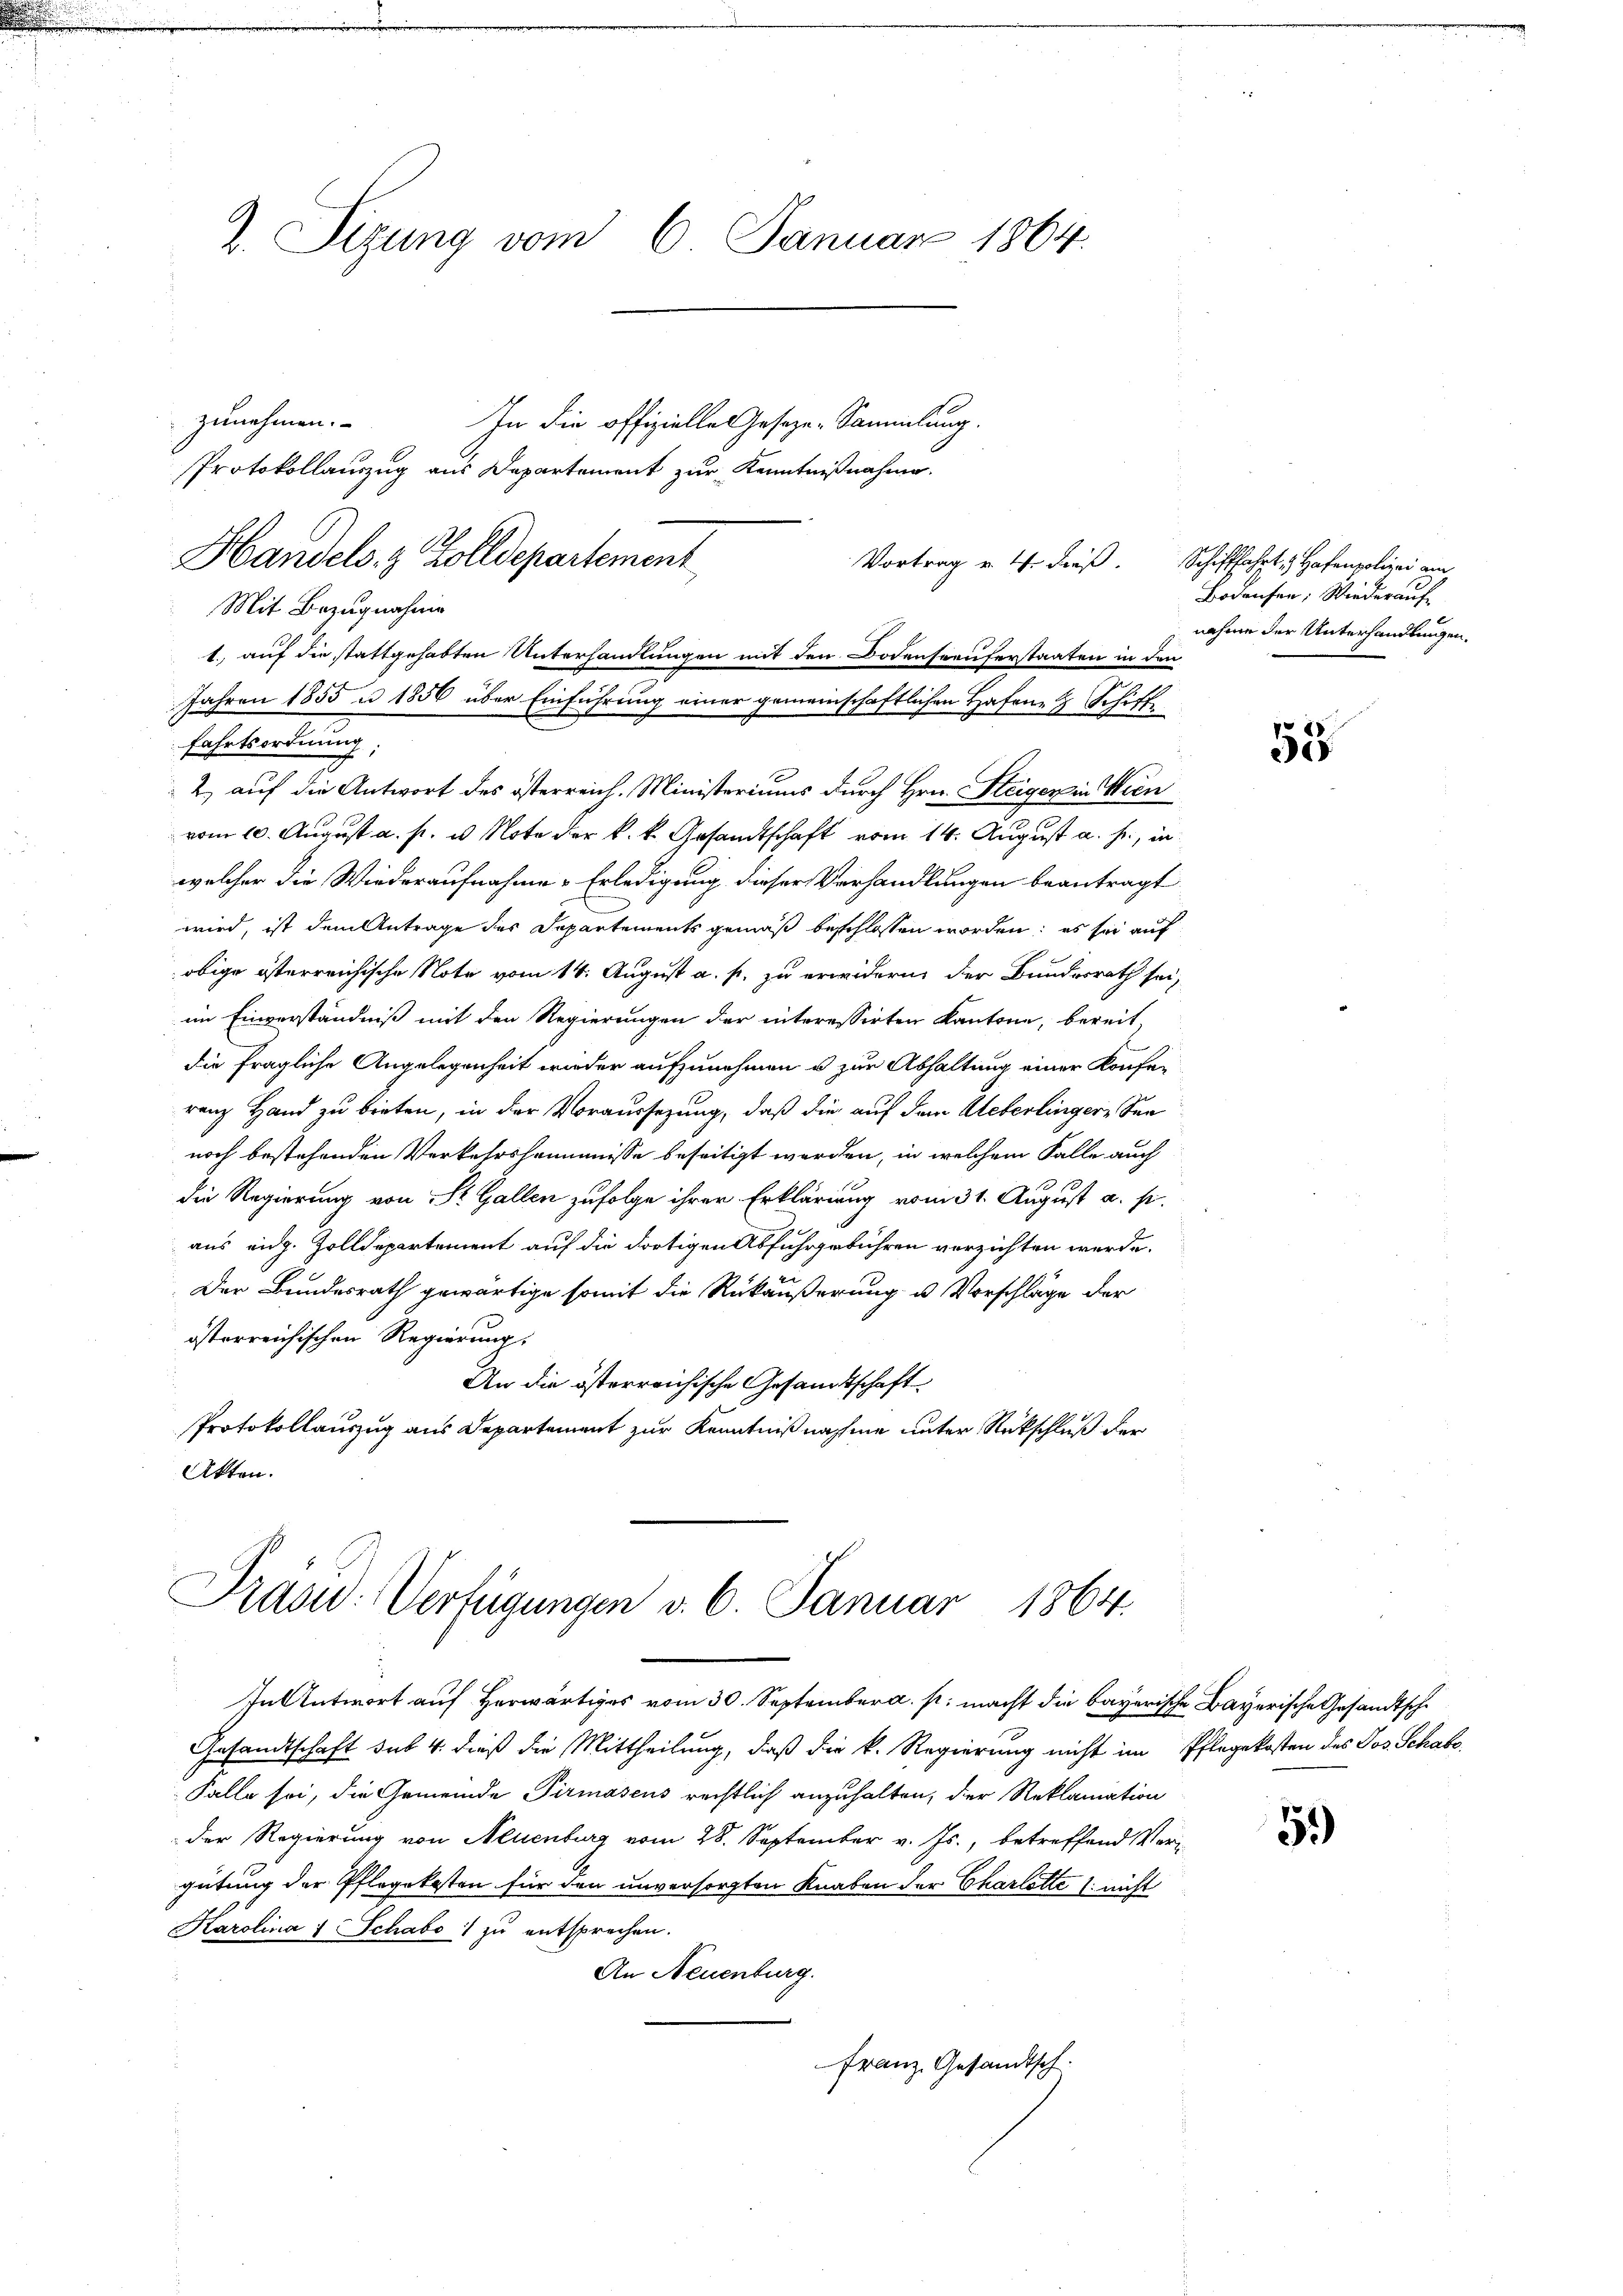
2. Sizung vom 6. Januar 1864.

zunehmen.
In die offizielle Geseze-Sammlung.
Protokollauszug aus Departement zur Kenntnißnahme.
Handels & Zolldepartement
Mit Bezugnahme
1., auf die stattgehabten Unterhandlungen mit den Bodenseeuferstaaten in den
Jahren 1855 u 1856 über Einführung einer gemeinschaftlichen Hafen- & Schiff
fahrtsordnung:
2) auf die Antwort des österreich. Ministeriums durch Hrn. Steiger in Wien
vom 10. August a. p. u. Note der k. k. Gesandtschaft vom 14. August a. h., in
welcher die Wiederaufnahme-Erledigung dieser Verhandlungen beantragt
wird, ist dem Antrage des Departements gemäß beschlossen worden; es sei auf
obige österreichische Note vom 14. August a. p. zu erwidern der Bundesrath sei,
im Einverständniß mit den Regierungen der interessirten Kantone, bereit,
die fragliche Angelegenheit wieder aufzunehmen u zur Abhaltung einer Konferanz Hand zu bieten, in der Voraussezung, daß die auf dem Ueberlingere Seenoch bestehenden Verkehrshemmnisse beseitigt werden, in welchem Falle auch
die Regierung von St. Gallen zufolge ihrer Erklärung vom 31. August a. p.
aus eidg. Zolldepartement auf die dortigen Abfuhrgebühren verzichten werde.
Der Bundesrath gewärtige somit die Rükäußerung u. Vorschläge der
österreichischen Regierung.
An die österreichische Gesandtschaft
Protokollauszug aus Departement zur Kenntnißnahme unter Rückschluß der
Akten.
Prasid. Verfügungen v. 6. Januar 1864.
In Antwort auf Herwärtiges vom 30. September a. p. macht die bayerische Bayerische Gesandtsche
Gesandtschaft sub 4. dieß die Mittheilung, daß die k. Regierung nicht im Pflegekosten des Jos. Schabs¬
Falle sei, die Gemeinde Pirmasens rechtlich anzuhalten, der Reklamation
der Regierung von Neuenburg vom 28. September v. Js., betreffend Vergütung der Pflegekosten für den unversorgten Knaben der Charlotte (nicht
Karolina) Schabo zu entsprechen.
An Neuenburg.
Franz. Gesandtsch.

Vortrag v. 4. dieß.

Schifffahrt, Hafenpolizei am
Bodensen, Wiederauf
nahme der Unterhandlungen.

55

59)